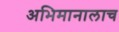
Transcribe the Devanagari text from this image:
अभिमानालाच